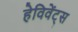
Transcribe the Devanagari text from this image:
हेविवेंट्स